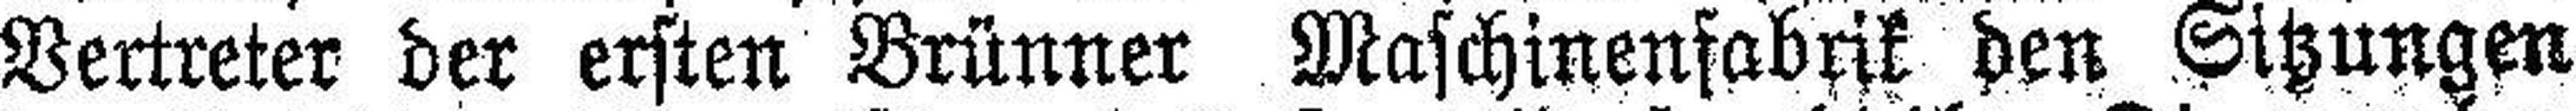
Vertreter der ersten Brünner Maschinenfabirk den Sitzungen